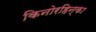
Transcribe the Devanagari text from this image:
किनोरहिन्का